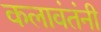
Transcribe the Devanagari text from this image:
कलावंतंनी